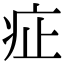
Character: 𤵁